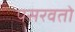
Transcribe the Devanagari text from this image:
पसरवतो